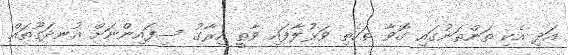
އަދި އެކި ތަންތަނުގައި ގޮވާ ތަކެތި ވަޅުލާފައި ވާތީ އިރާގު ސިފައިންނަށް އުނދަގޫތައް